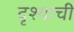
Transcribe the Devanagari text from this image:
दृश्याची